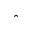
\hat { \bf \theta }